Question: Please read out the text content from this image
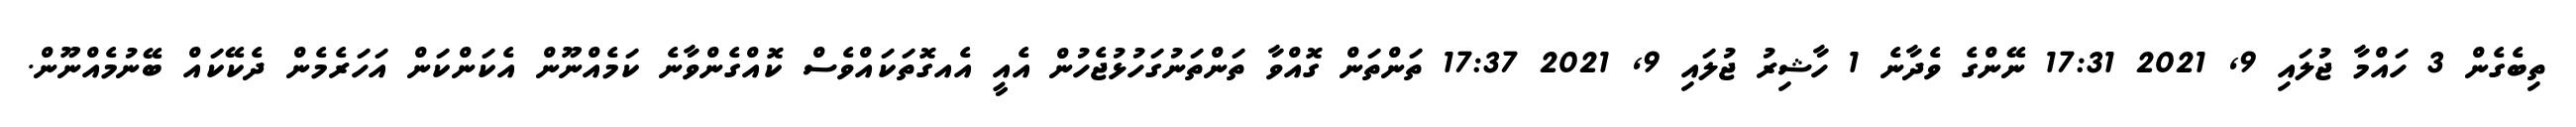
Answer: ތިބެގެން 3 ހައްމާ ޖުލައި 9, 2021 17:31 ނޭންގެ ވެދާނެ 1 ހާޝިރު ޖުލައި 9, 2021 17:37 ތަންތަން ގޮއްވާ ތަންތަނުގަހުޅުޖެހުން އެއީ އެއގޮތަކައްވެސް ކޮއްގެންވާނެ ކަމެއްނޫން އެކަންކަން އަހަރެމެން ދެކޭކައް ބޭނުމެއްނޫން.